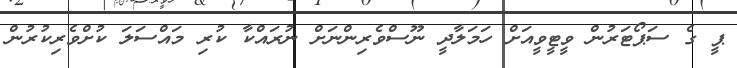
ޕީ ގެ ސަޕޯޓަރުން ވީޓީވީއަށް ހަމަލާދީ ނޫސްވެރިންނަށް ނުރައްކާ ކުރި މައްސަލަ ކުށްވެރިކުރުން